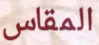
المقاس